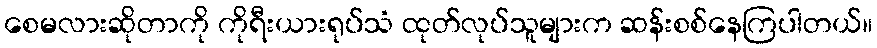
စေမလားဆိုတာကို ကိုရီးယားရုပ်သံ ထုတ်လုပ်သူများက ဆန်းစစ်နေကြပါတယ်။